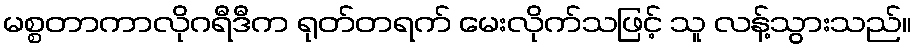
မစ္စတာကာလိုဂရီဒီက ရုတ်တရက် မေးလိုက်သဖြင့် သူ လန့်သွားသည်။